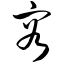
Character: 容